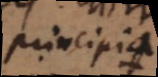
principia